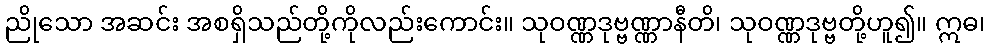
ညိုသော အဆင်း အစရှိသည်တို့ကိုလည်းကောင်း။ သုဝဏ္ဏဒုဗ္ဗဏ္ဏာနီတိ၊ သုဝဏ္ဏဒုဗ္ဗတို့ဟူ၍။ ဣဓ၊